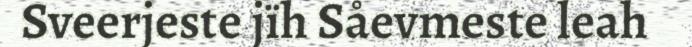
Sveerjeste jïh Såevmeste leah